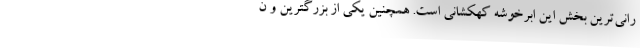
رانی‌ترین بخش این ابرخوشه کهکشانی است. همچنین یکی از بزرگترین و ن